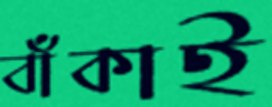
বাঁকাই